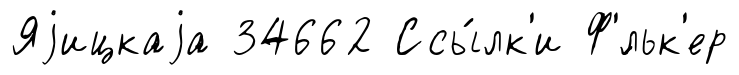
Яjицкаjа 34662 Ссы́лк'и Ф'́льк'ер